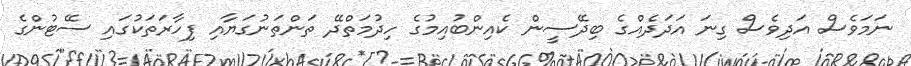
ނަމަވެސް އަދިވެސް ގިނަ އަދަދެއްގެ ބިދޭސީން ކެއިންބުއިމުގެ ހިދުމަތްދޭ ތަންތަނުގަޔާއި ފިހާރަތަކުގައި ސޭޓުންގެ